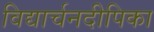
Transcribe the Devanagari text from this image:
विद्यार्चनदीपिका